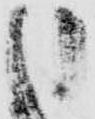
申